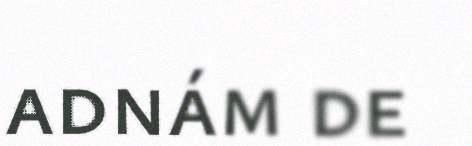
adnám de